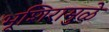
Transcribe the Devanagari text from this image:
भूशिरामुळे